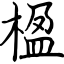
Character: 楹